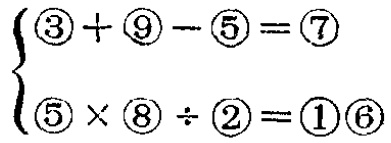
\[\begin{cases}\textcircled{3}+\textcircled{9}-\textcircled{5}=\textcircled{7}\\ \textcircled{5}\times\textcircled{8}\div\textcircled{2}=\textcircled{1}\textcircled{6}\end{cases}\]